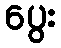
ပွေး